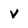
Character: v